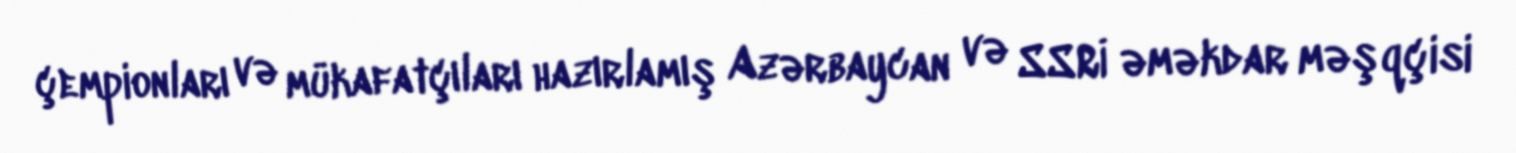
çempionları və mükafatçıları hazırlamış Azərbaycan və SSRİ əməkdar məşqçisi